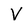
Character: V